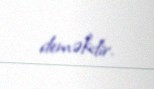
deməkdir.